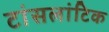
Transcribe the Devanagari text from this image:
टांसलांटिक